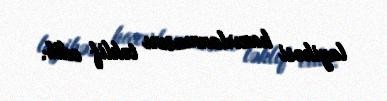
layihəsi hazırlanmasını təklif edib.